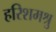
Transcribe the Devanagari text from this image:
हरिशमश्रु